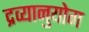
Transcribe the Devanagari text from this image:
द्रव्यानुयोग